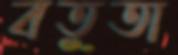
বতুতা